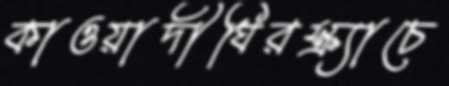
কাওয়াদীঘিরস্ক্র্যাচে